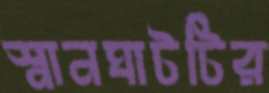
স্নানঘাটটির